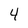
Character: 4